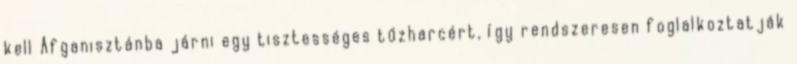
kell Afganisztánba járni egy tisztességes tűzharcért, így rendszeresen foglalkoztatják